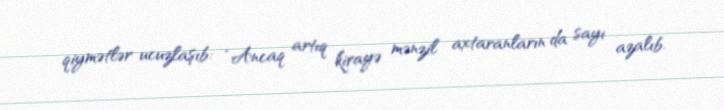
qiymətlər ucuzlaşıb: “Ancaq artıq kirayə mənzil axtaranların da sayı azalıb.